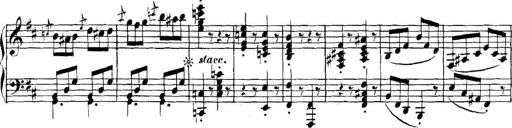
Title: Collected Piano Sonatas
Composer: Muzio Clementi